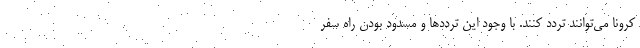
کرونا می‌توانند تردد کنند. با وجود این ترددها و مسدود بودن راه سفر